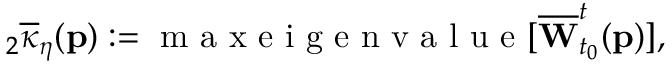
{ } _ { 2 } \overline { { \kappa } } _ { \eta } ( \mathbf { p } ) : = \mathrm { ~ m ~ a ~ x ~ e ~ i ~ g ~ e ~ n ~ v ~ a ~ l ~ u ~ e ~ } [ \overline { { \mathbf { W } } } _ { t _ { 0 } } ^ { t } ( \mathbf { p } ) ] ,